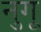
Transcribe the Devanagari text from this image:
नुगू